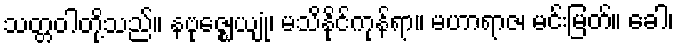
သတ္တဝါတို့သည်။ နဗုဇ္ဈေယျုံ၊ မသိနိုင်ကုန်ရာ။ မဟာရာဇ၊ မင်းမြတ်။ ခေါ၊